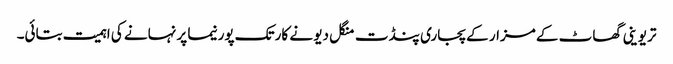
تریوینی گھاٹ کے مزار کے پجاری پنڈت منگل دیو نے کارتک پورنیما پر نہانے کی اہمیت بتائی۔